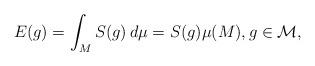
LaTeX: \begin{align*}E(g)=\int_MS(g)\,d\mu=S(g)\mu(M),g\in\mathcal M,\end{align*}